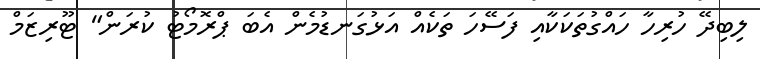
ލިބިދޭ ހުރިހާ ހައްގުތަކަކާއި ފަސޭހަ ތަކެއް އަޅުގަނޑުމެން އެބަ ޕްރޮމޯޓު ކުރަން" ޓޫރިޒަމް